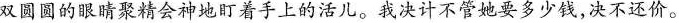
双圆圆的很睛聚精会神地盯着手上的活儿。我决计不管她要多少钱，决不还价。